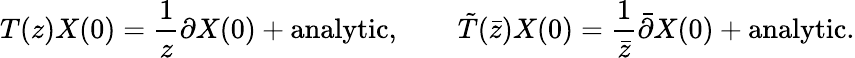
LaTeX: T(z)X(0)=\frac{1}{z}\partial X(0)+\mathrm{analytic},\qquad\tilde{T}(\bar{z})X(0)=\frac{1}{\bar{z}}\bar{\partial}X(0)+\mathrm{analytic}.